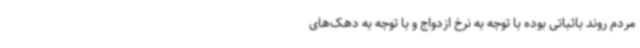
مردم روند باثباتی بوده با توجه به نرخ ازدواج و با توجه به دهک‌های